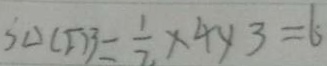
S _ { \Delta } ( \Gamma ) 3 = \frac { 1 } { 2 } \times 4 y 3 = 6 .